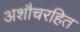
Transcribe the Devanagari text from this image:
अशौचरहित